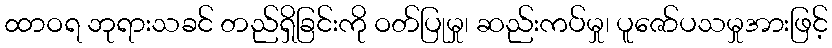
ထာဝရ ဘုရားသခင် တည်ရှိခြင်းကို ဝတ်ပြုမှု၊ ဆည်းကပ်မှု၊ ပူဇော်ပသမှုအားဖြင့်